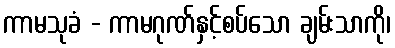
ကာမသုခံ - ကာမဂုဏ်နှင့်စပ်သော ချမ်းသာကို၊